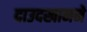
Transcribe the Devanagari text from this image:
दाउदखानने